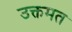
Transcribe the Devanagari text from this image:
उक्तमत